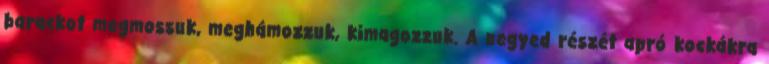
barackot megmossuk, meghámozzuk, kimagozzuk. A negyed részét apró kockákra